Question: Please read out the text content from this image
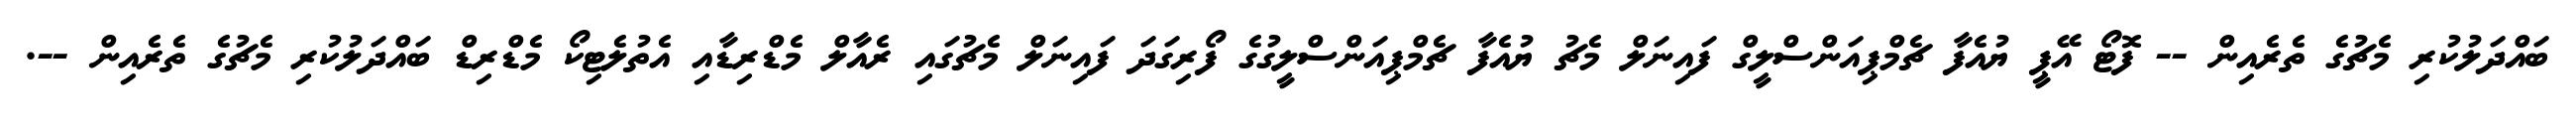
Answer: ބައްދަލުކުރި މެޗުގެ ތެރެއިން -- ފޮޓޯ އޭޕީ ޔުއެފާ ޗެމްޕިއަންސްލީގް ފައިނަލް މެޗު ޔުއެފާ ޗެމްޕިއަންސްލީގުގެ ފޯރިގަދަ ފައިނަލް މެޗުގައި ރެއާލް މެޑްރިޑާއި އެތުލެޓިކޯ މެޑްރިޑް ބައްދަލުކުރި މެޗުގެ ތެރެއިން --.